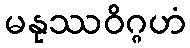
မနုဿဝိဂ္ဂဟံ